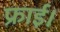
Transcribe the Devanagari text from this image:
फ्राई।